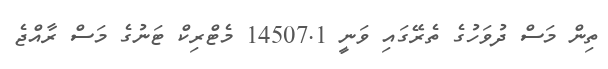
ތިން މަސް ދުވަހުގެ ތެރޭގައި ވަނީ 14507.1 މެޓްރިކް ޓަނުގެ މަސް ރާއްޖެ